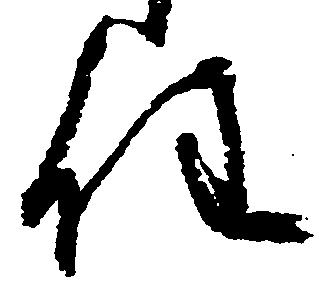
任